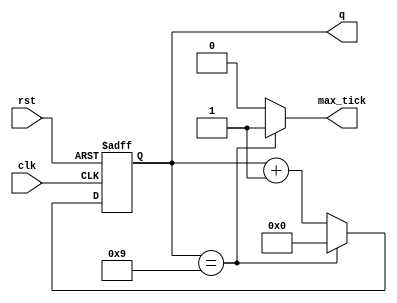

/*
Fpga prototyping, listing 4.11
Mod-m Counter

This counter counts from 0 to m-1 and then wraps around
*/


module mod_m_counter
	#(
	parameter 	N = 4, // number of bits in counter
				M = 10 // Mod-M
	)
	(
	input wire clk, rst,
	output wire max_tick,
	output wire [N-1:0] q
	);

	// signal declaration
	reg [N-1:0] r_reg;
	wire [N-1:0] r_next;
	
	//Physical Registers
	always@(posedge clk, posedge rst)
		if(rst)
			r_reg <= 0;
		else
			r_reg <= r_next;
	
	// next state Logic
	assign r_next = (r_reg == (M-1)) ? 0 : r_reg + 1;
	
	//output logic
	assign q = r_reg;
	assign max_tick = (r_reg == (M-1)) ? 1'b1 : 1'b0;
	
endmodule